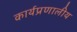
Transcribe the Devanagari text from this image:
कार्यप्रणालीय